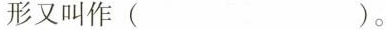
形又叫作()。